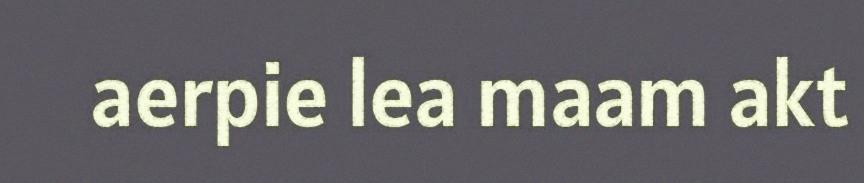
aerpie lea maam akt